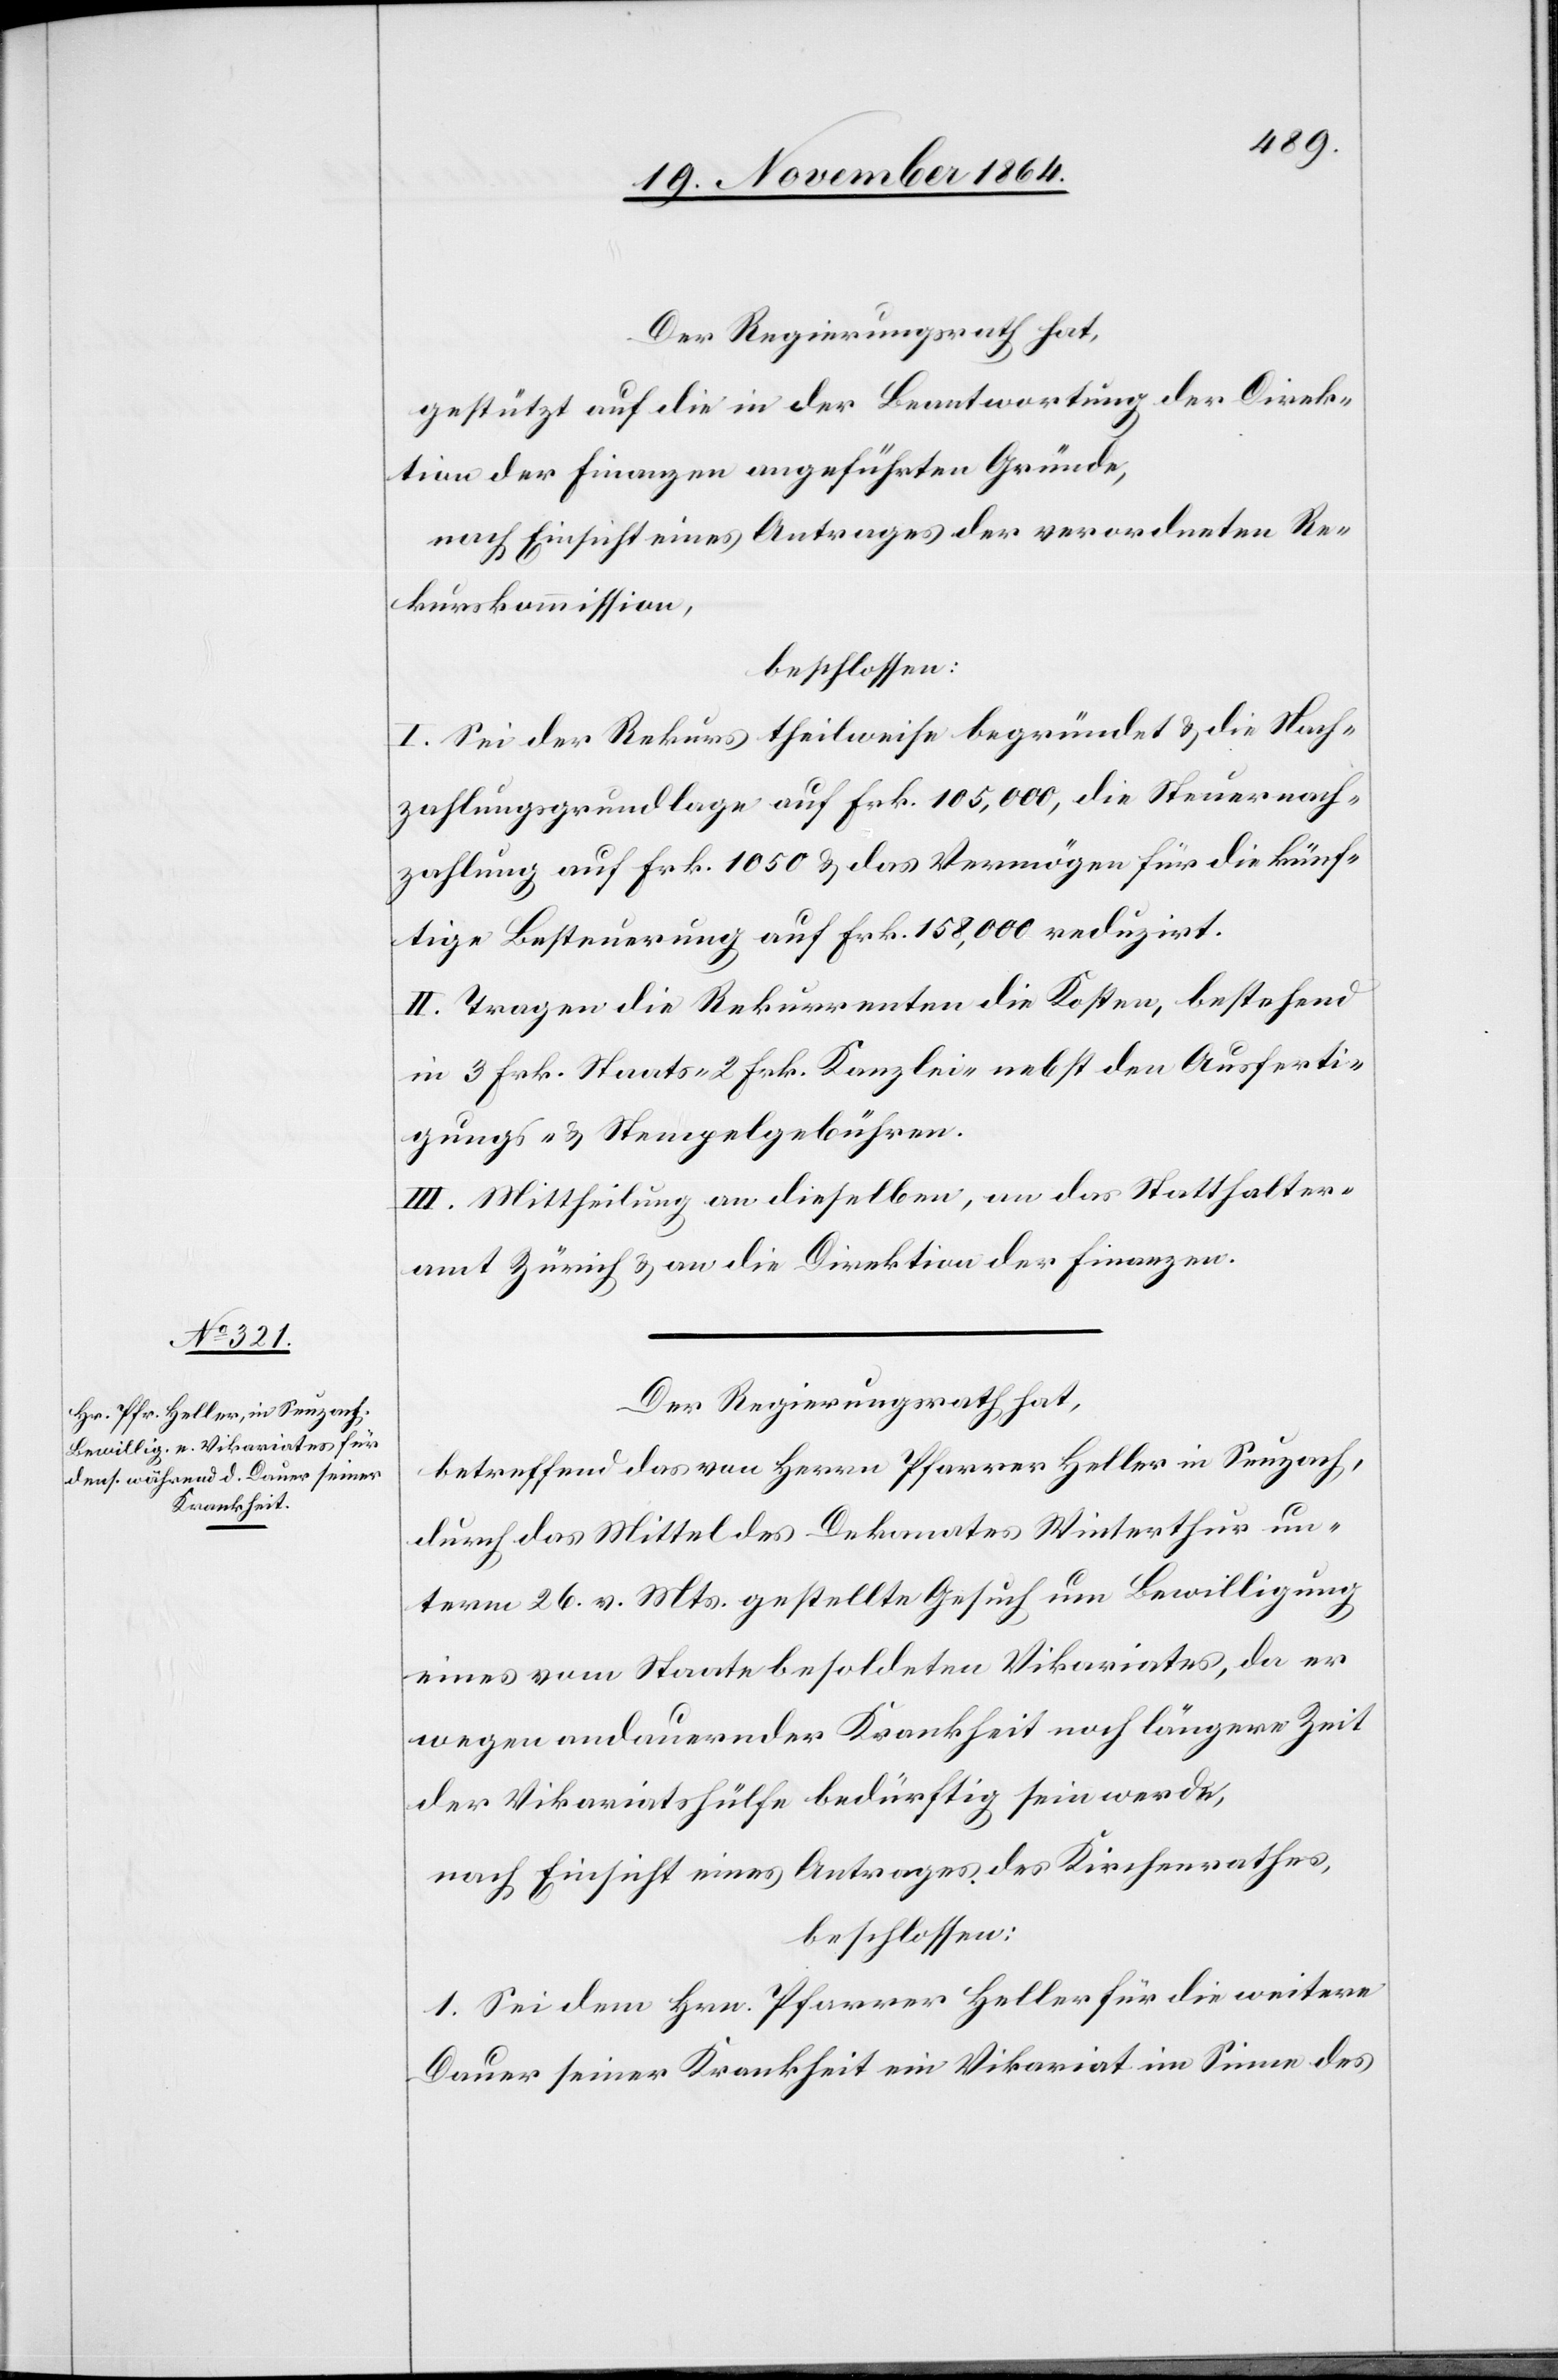
Der Regierungsrath hat,
gestützt auf die in der Beantwortung der Direk¬
tion der Finanzen erwähnten Gründe,
nach Einsicht eines Antrages der verordneten Re¬
kurskommission,
beschlossen:
I. Sei der Rekurs theilweise begründet & die Nach¬
zahlungsgrundlage auf Frk. 105,000, die Steuernach¬
zahlung auf Frk. 1050 & das Vermögen für die künf¬
tige Besteuerung auf Frk. 158,000 reduzirt.
II. Tragen die Rekurrenten die Kosten, bestehend
in 3 Frk. Staats- 2 Frk. Kanzlei- nebst den Ausferti¬
gungs- & Stempelgebühren.
III. Mittheilung an dieselben, an das Statthalter¬
amt Zürich & an die Direktion der Finanzen.
Der Regierungsrath hat,
betreffend das von Herrn Pfarrer Heller in Seuzach,
durch das Mittel des Dekanates Winterthur un¬
term 26. v. Mts. gestellte Gesuch um Bewilligung
eines vom Staate besoldeten Vikariates, da er
wegen andauernder Krankheit noch längere Zeit
der Vikariatshülfe bedürftig sein werde,
nach Einsicht eines Antrages des Kirchenrathes,
beschlossen:
1. Sei dem Hrn. Pfarrer Heller für die weitere
Dauer seiner Krankheit ein Vikariat im Sinne des